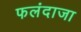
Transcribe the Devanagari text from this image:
फलंदाजा